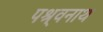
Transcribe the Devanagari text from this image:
पश्र्वनाथ